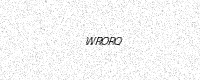
Text: WRORQ